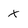
Character: X